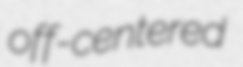
off-centered